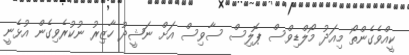
ކީއްވެގެންތޯ މިއަދު މޯލްޑިވްސް ޕޮލިސް ސާވިސް އަށް ނަޝީދު ހާޒިރު ނުކުރެވިގެން އުޅެނީ